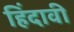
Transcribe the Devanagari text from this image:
हिंदावी